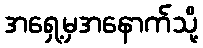
အရှေ့မှအနောက်သို့